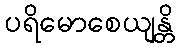
ပရိမောစေယျန္တိ